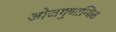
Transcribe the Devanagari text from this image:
ओजगुणान्वित